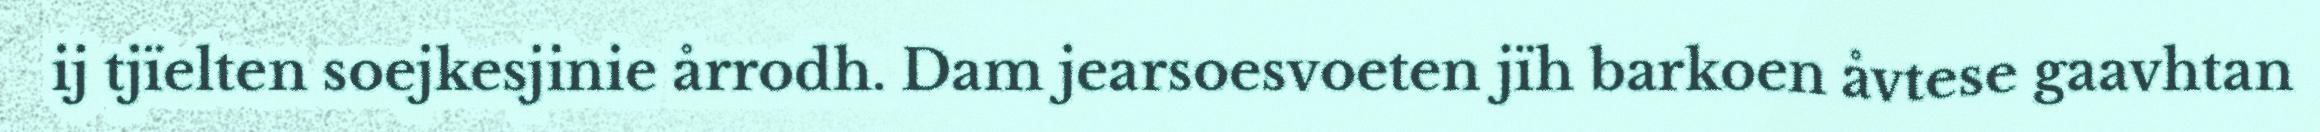
ij tjïelten soejkesjinie årrodh. Dam jearsoesvoeten jïh barkoen åvtese gaavhtan